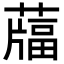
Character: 𦽌